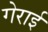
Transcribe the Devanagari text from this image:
गेराई